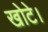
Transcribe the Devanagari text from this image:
खोटे।